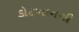
કોટખાનગી